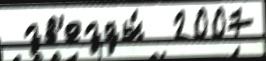
 зв'езды́  2007